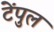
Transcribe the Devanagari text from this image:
टेंपुल